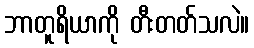
ဘာတူရိယာကို တီးတတ်သလဲ။